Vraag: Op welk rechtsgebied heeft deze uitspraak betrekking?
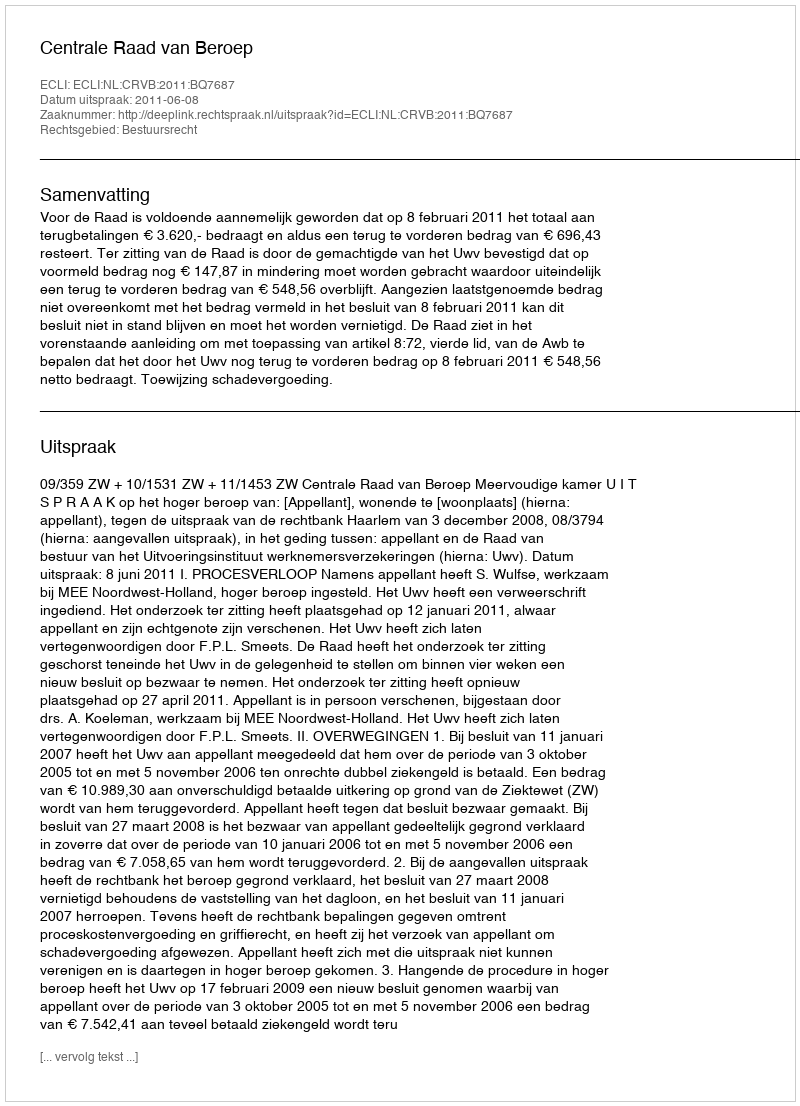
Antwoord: Bestuursrecht